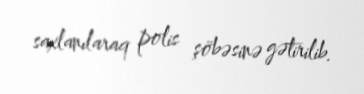
saxlanılaraq polis şöbəsinə gətirilib.